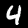
Digit: 4